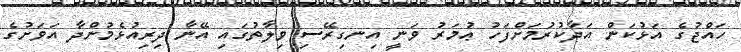
ހައްޖުގެ އަޅުކަން އަދާކުރުމަށްފަހު ޢުމަރު ވަނީ އިނގިރޭސި ވިލާތުގައި އޭނާ ދިރިއުޅެމުންދާ އަވަށުގެ